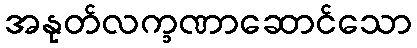
အနုတ်လက္ခဏာဆောင်သော